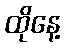
ထိုနေ့